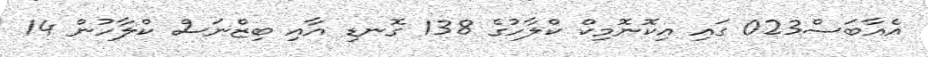
އެއާބަސް023 ގައި އިކޮނޮމިކް ކްލާހުގެ 138 ގޮނޑި އާއި ބިޒްނަސް ކްލާހުން 14